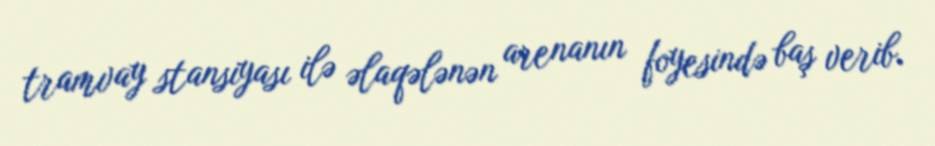
tramvay stansiyası ilə əlaqələnən arenanın foyesində baş verib.